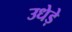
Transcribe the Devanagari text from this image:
उधेड़े